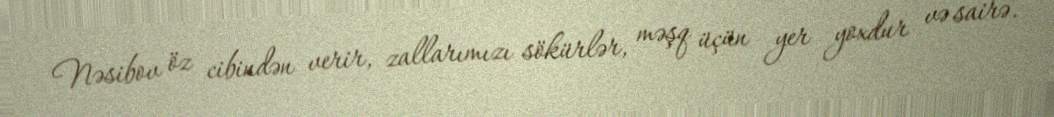
Nəsibov öz cibindən verir, zallarımızı sökürlər, məşq üçün yer yoxdur və sairə.